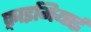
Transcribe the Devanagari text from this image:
क़्राइमियाई